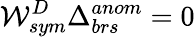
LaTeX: {\cal W}_{sym}^{D}\Delta_{brs}^{anom}=0